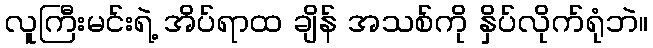
လူကြီးမင်းရဲ့ အိပ်ရာထ ချိန် အသစ်ကို နှိပ်လိုက်ရုံဘဲ။